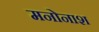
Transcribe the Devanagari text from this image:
मनोनाश